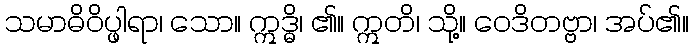
သမာဓိဝိပ္ဖါရာ၊ သော။ ဣဒ္ဓိ၊ ၏။ ဣတိ၊ သို့။ ဝေဒိတဗ္ဗာ၊ အပ်၏။